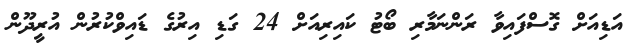
އަޑިއަށް ގޮސްފައިވާ ރަންނަމާރި ބޯޓު ކައިރިއަށް 24 ގަޑި އިރުގެ ޑައިވްކުރުން އުރީދޫން